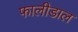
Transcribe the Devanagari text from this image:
फालीडाल